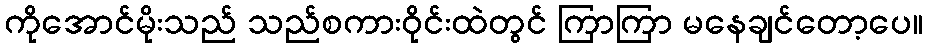
ကိုအောင်မိုးသည် သည်စကားဝိုင်းထဲတွင် ကြာကြာ မနေချင်တော့ပေ။